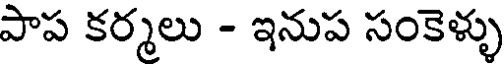
పాప కర్మలు - ఇనుప సంకెళ్ళు